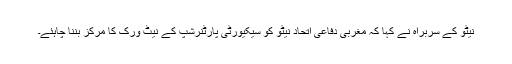
نیٹو کے سربراہ نے کہا کہ مغربی دفاعی اتحاد نیٹو کو سیکیورٹی پارٹنرشپ کے نیٹ ورک کا مرکز بننا چاہئے۔